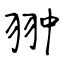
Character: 翀